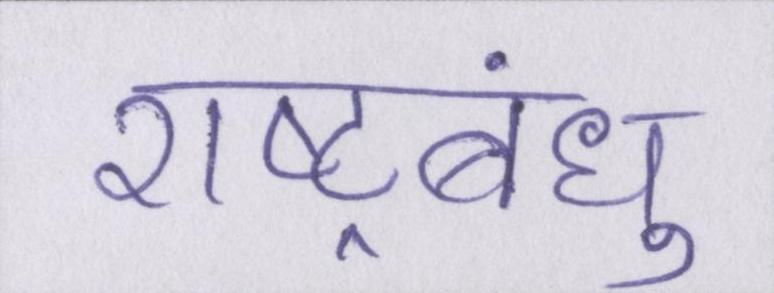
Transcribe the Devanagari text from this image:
राष्ट्रबंधु